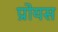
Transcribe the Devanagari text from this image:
प्रोयस